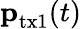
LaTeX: \textbf{p}_{\textrm{tx1}}(t)